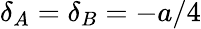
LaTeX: \delta_{A}=\delta_{B}=-a/4